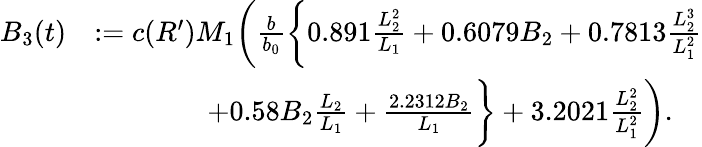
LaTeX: \begin{array}{rl}{B_{3}(t)}&{:=c(R^{\prime})M_{1}\bigg(\frac{b}{b_{0}}\bigg\{ 0.891\frac{L_{2}^{2}}{L_{1}}+0.6079B_{2}+0.7813\frac{L_{2}^{3}}{L_{1}^{2}}}\\ &{\qquad\qquad+0.58B_{2}\frac{L_{2}}{L_{1}}+\frac{2.2312B_{2}}{L_{1}}\bigg\} +3.2021\frac{L_{2}^{2}}{L_{1}^{2}}\bigg).}\end{array}